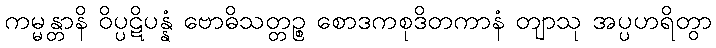
ကမ္မန္တာနိ ဝိပ္ပဋိပန္နံ ဗောဓိသတ္တဉ္စ စောဒကစုဒိတကာနံ တျာသု အပ္ပဟရိတွာ